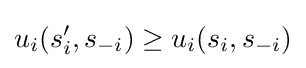
u_{i}(s_{i}^{\prime },s_{-i})\geq u_{i}(s_{i},s_{-i})